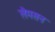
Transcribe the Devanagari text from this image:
लैमसन